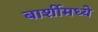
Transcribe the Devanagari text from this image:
बार्शीमध्ये